Indian journal of veterinary science and animal husbandry - Volumes 26-27, 1956-1957
Year: 1956
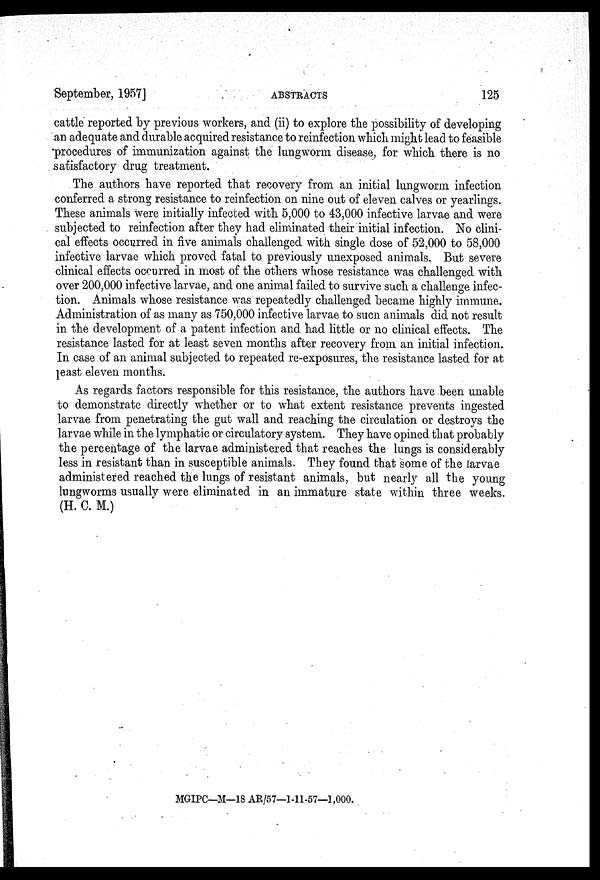
September, 1957]
ABSTRACTS
125
cattle reported by previous workers, and (ii) to explore the possibility of developing
an adequate and durable acquired resistance to reinfection which might lead to feasible
procedures of immunization against the lungworm disease, for which there is no
satisfactory drug treatment.
The authors have reported that recovery from an initial lungworm infection
conferred a strong resistance to reinfection on nine out of eleven calves or yearlings.
These animals were initially infected with 5,000 to 43,000 infective larvae and were
subjected to reinfection after they had eliminated their initial infection. No clini-
cal effects occurred in five animals challenged with single dose of 52,000 to 58,000
infective larvae which proved fatal to previously unexposed animals. But severe
clinical effects occurred in most of the others whose resistance was challenged with
over 200,000 infective larvae, and one animal failed to survive such a challenge infec-
tion. Animals whose resistance was repeatedly challenged became highly immune.
Administration of as many as 750,000 infective larvae to such animals did not result
in the development of a patent infection and had little or no clinical effects. The
resistance lasted for at least seven months after recovery from an initial infection.
In case of an animal subjected to repeated re-exposures, the resistance lasted for at
least eleven months.
As regards factors responsible for this resistance, the authors have been unable
to demonstrate directly whether or to what extent resistance prevents ingested
larvae from penetrating the gut wall and reaching the circulation or destroys the
larvae while in the lymphatic or circulatory system. They have opined that probably
the percentage of the larvae administered that reaches the lungs is considerably
less in resistant than in susceptible animals. They found that some of the larvae
administered reached the lungs of resistant animals, but nearly all the young
lungworms usually were eliminated in an immature state within three weeks.
(H. C. M.)
MGIPC—M—18 AR/57—1-11-57—1,000.